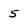
Character: 5